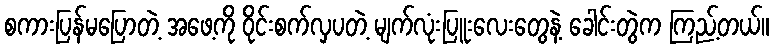
စကားပြန်မပြောတဲ့ အဖေ့ကို ဝိုင်းစက်လှပတဲ့ မျက်လုံးပြူးလေးတွေနဲ့ ခေါင်းတွဲက ကြည့်တယ်။